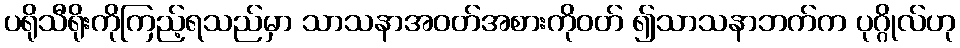
ပရိုသီရိုးကိုကြည့်ရသည်မှာ သာသနာအဝတ်အစားကိုဝတ် ၍သာသနာဘက်က ပုဂ္ဂိုလ်ဟု